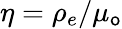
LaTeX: \eta=\rho_{e}/\mu_{\mathsf{o}}